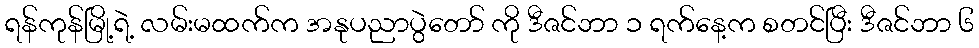
ရန်ကုန်မြို့ရဲ့ လမ်းမထက်က အနုပညာပွဲတော် ကို ဒီဇင်ဘာ ၁ ရက်နေ့က စတင်ပြီး ဒီဇင်ဘာ ၆